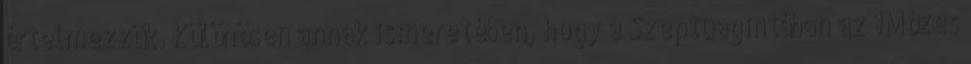
értelmezzük. Különösen annak ismeretében, hogy a Szeptuagintában az 1Mózes